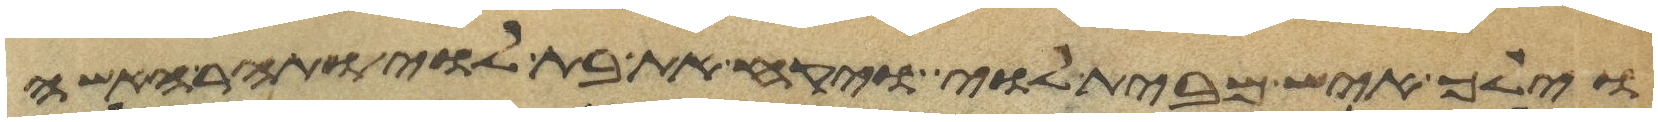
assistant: וילך איש מבית לוי ויקח את בת לוי ותהר האשה